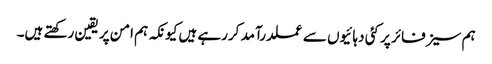
ہم سیز فائر پر کئی دہائیوں سے عملدرآمد کررہے ہیں کیونکہ ہم امن پر یقین رکھتے ہیں۔